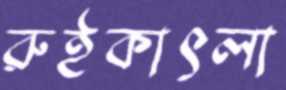
রুইকাৎলা